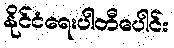
နိုင်ငံရေးပါတီပေါင်း